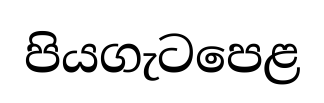
පියගැටපෙළ